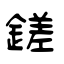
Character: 鎈